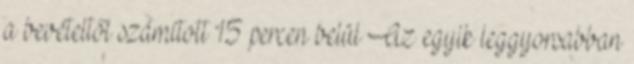
a bevételtől számított 15 percen belül Az egyik leggyorsabban